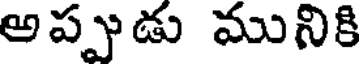
అప్పుడు మునికి